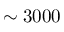
\sim 3 0 0 0